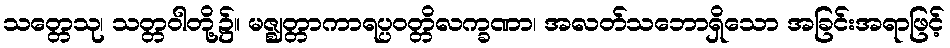
သတ္တေသု၊ သတ္တဝါတို့၌။ မဇ္ဈတ္တာကာရပ္ပဝတ္တိလက္ခဏာ၊ အလတ်သဘောရှိသော အခြင်းအရာဖြင့်